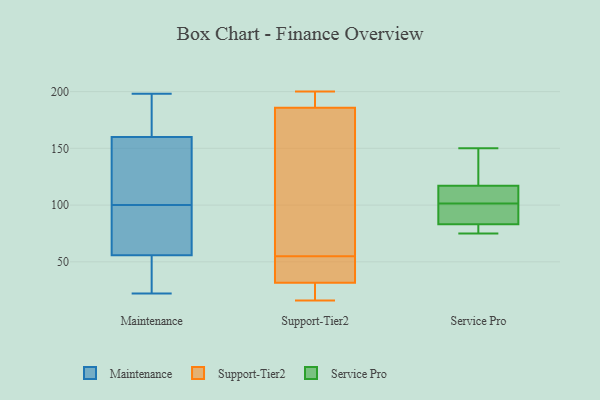
{"axis": {"x": "Market Share (%)", "y": "Value"}, "legend": ["Maintenance", "Service Pro", "Support-Tier2"], "data": [{"x": "", "y": 100, "type": "Maintenance"}, {"x": "", "y": 22, "type": "Maintenance"}, {"x": "", "y": 50, "type": "Maintenance"}, {"x": "", "y": 198, "type": "Maintenance"}, {"x": "", "y": 31, "type": "Maintenance"}, {"x": "", "y": 98, "type": "Maintenance"}, {"x": "", "y": 166, "type": "Maintenance"}, {"x": "", "y": 174, "type": "Maintenance"}, {"x": "", "y": 123, "type": "Maintenance"}, {"x": "", "y": 73, "type": "Maintenance"}, {"x": "", "y": 142, "type": "Maintenance"}, {"x": "", "y": 55, "type": "Support-Tier2"}, {"x": "", "y": 48, "type": "Support-Tier2"}, {"x": "", "y": 190, "type": "Support-Tier2"}, {"x": "", "y": 200, "type": "Support-Tier2"}, {"x": "", "y": 16, "type": "Support-Tier2"}, {"x": "", "y": 31, "type": "Support-Tier2"}, {"x": "", "y": 33, "type": "Support-Tier2"}, {"x": "", "y": 179, "type": "Support-Tier2"}, {"x": "", "y": 17, "type": "Support-Tier2"}, {"x": "", "y": 188, "type": "Support-Tier2"}, {"x": "", "y": 123, "type": "Support-Tier2"}, {"x": "", "y": 83, "type": "Service Pro"}, {"x": "", "y": 137, "type": "Service Pro"}, {"x": "", "y": 79, "type": "Service Pro"}, {"x": "", "y": 96, "type": "Service Pro"}, {"x": "", "y": 103, "type": "Service Pro"}, {"x": "", "y": 75, "type": "Service Pro"}, {"x": "", "y": 105, "type": "Service Pro"}, {"x": "", "y": 150, "type": "Service Pro"}, {"x": "", "y": 117, "type": "Service Pro"}, {"x": "", "y": 100, "type": "Service Pro"}]}